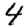
Digit: 4